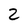
Character: z